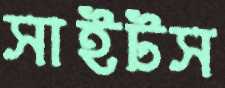
সাইটস